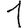
Digit: 1